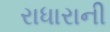
રાધારાની